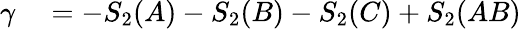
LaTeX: \begin{array}{rl}{\gamma}&{{}=-S_{2}(A)-S_{2}(B)-S_{2}(C)+S_{2}(AB)}\end{array}